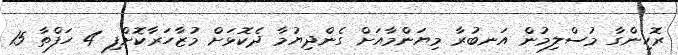
ރޮހިންގާ މުސްލިމުން އަނބުރާ މިޔަންމާއަށް ގެންދިޔުމާ ދެކޮޅަށް މުޒާހަރާކޮށްފި 4 ހަފްތާ 15